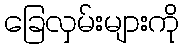
ခြေလှမ်းများကို